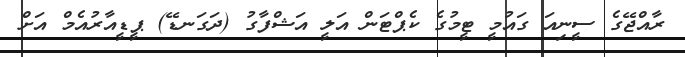
ރާއްޖޭގެ ސީނިއަ ގައުމީ ޓީމުގެ ކެޕްޓަން އަލީ އަޝްފާގު (ދަގަނޑޭ) ޕީޑީއާރުއެމް އަށް